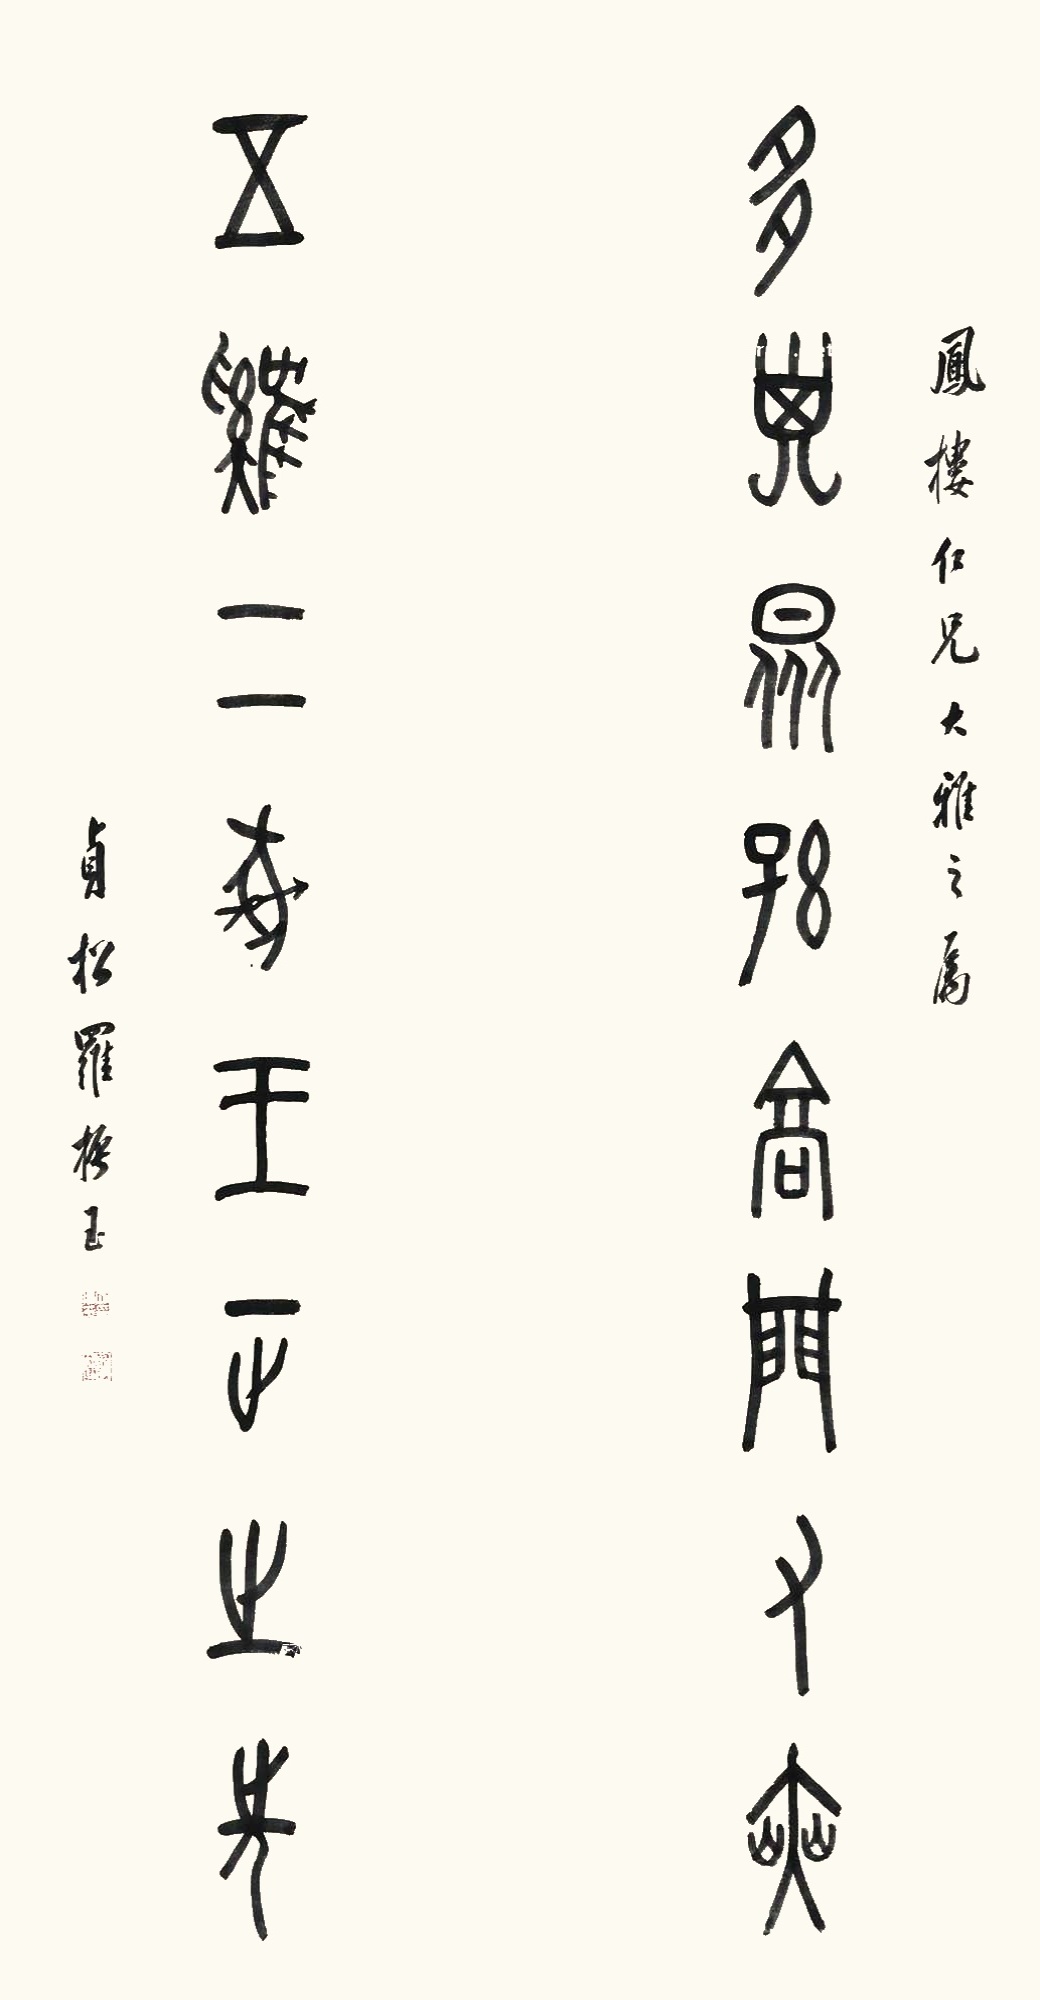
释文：多子众孙高门有奭，五鸡二彘王政之先。凤楼仁兄大雅之属，贞松罗振玉。